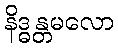
နိဒ္ဓန္တမလော